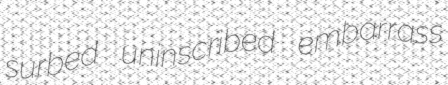
surbed uninscribed embarrass